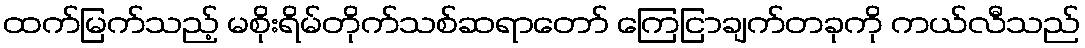
ထက်မြက်သည့် မစိုးရိမ်တိုက်သစ်ဆရာတော် ကြေငြာချက်တခုကို ကယ်လီသည်